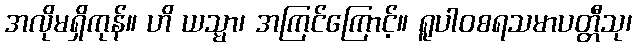
အလိုမရှိကုန်။ ဟိ ယသ္မာ၊ အကြင်ကြောင့်။ ရူပါဝစရသမာပတ္တီသု၊